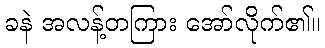
ခနဲ အလန့်တကြား အော်လိုက်၏။